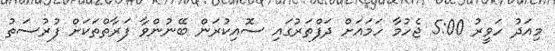
މިއަދު ހަވީރު 5:00 ޖެހުމާ ހަމައަށް ދަފްތަރުގައި ސޮއިކުރަން ބޭނުންވާ ފަރާތްތަކަށް ފުރުސަތު